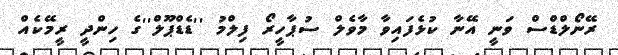
ރޭނޯލްޑްސް ވަނީ އޭނާ ކުޅެފައިވާ މާވެލް ސުޕާހީރޯ ފިލްމު ''ޑެޑްޕޫލް''ގެ ހިންދީ ރީމޭކެއް